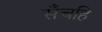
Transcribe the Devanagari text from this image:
सँचहि